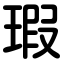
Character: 瑕